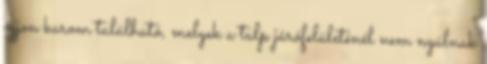
ujjon karom található, melyek a talp járófelületénél nem nyúlnak